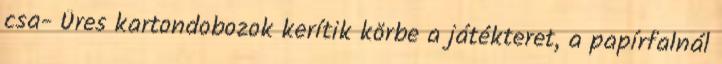
csa- Üres kartondobozok kerítik körbe a játékteret, a papírfalnál